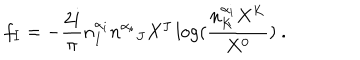
f _ { I } = - \frac { 2 i } { \pi } n _ { I } ^ { \alpha _ { i } } { n ^ { \alpha _ { i } } } _ { J } X ^ { J } \log ( \frac { n _ { K } ^ { \alpha _ { i } } X ^ { K } } { X ^ { 0 } } ) \ .